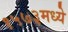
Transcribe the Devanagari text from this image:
१५७३मध्ये